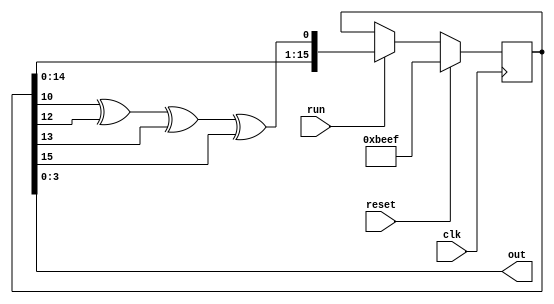
/* returns a psudorandom 8-bit number which changes every 8 clk cycles so long as run is high */
module lfsr(
  input clk,
  input reset,
  input run,
  output [3:0]out);
  
  reg [15:0]r_lfsr, c_lfsr;
  assign out = r_lfsr[3:0];
  
  initial begin
    r_lfsr = 16'hbeef;
    c_lfsr = 16'hbeef;
  end

  always @(posedge clk) begin
    r_lfsr <= c_lfsr;
  end

  always @(*) begin
    c_lfsr = r_lfsr;
    if (reset) begin
      c_lfsr = 16'hbeef;
    end else if (run) begin
      c_lfsr = {r_lfsr[14:0], r_lfsr[10] ^ r_lfsr[12] ^ r_lfsr[13] ^ r_lfsr[15]};
    end
  end
endmodule